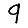
Digit: 9